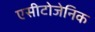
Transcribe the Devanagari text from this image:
एसीटोजेनिक